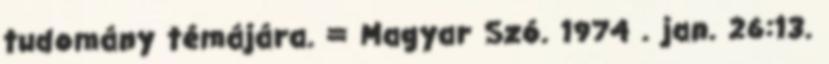
tudomány témájára. = Magyar Szó. 1974 . jan. 26:13.